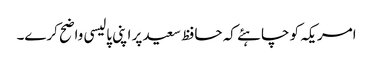
امریکہ کو چاہئے کہ حافظ سعید پر اپنی پالیسی واضح کرے۔